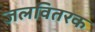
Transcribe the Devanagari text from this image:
जलवितरक